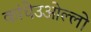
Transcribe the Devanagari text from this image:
कांचेउओल्लो